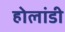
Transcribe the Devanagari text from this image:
होलांडी